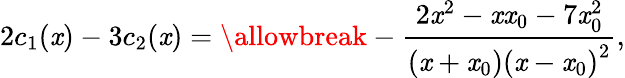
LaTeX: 2c_{1}(\mathit{x})-3c_{2}(\mathit{x})=\allowbreak-\frac{{2\mathit{x}^{2}-\mathit{x}\mathit{x}_{0}-7\mathit{x}_{0}^{2}}}{{\left(\mathit{x}+\mathit{x}_{0}\right)\left(\mathit{x}-\mathit{x}_{0}\right)^{2}}},